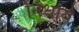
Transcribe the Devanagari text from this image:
निर्धार्य